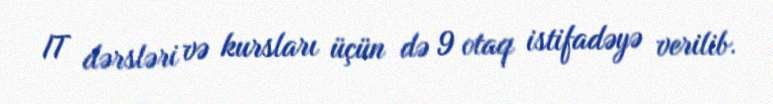
IT dərsləri və kursları üçün də 9 otaq istifadəyə verilib.